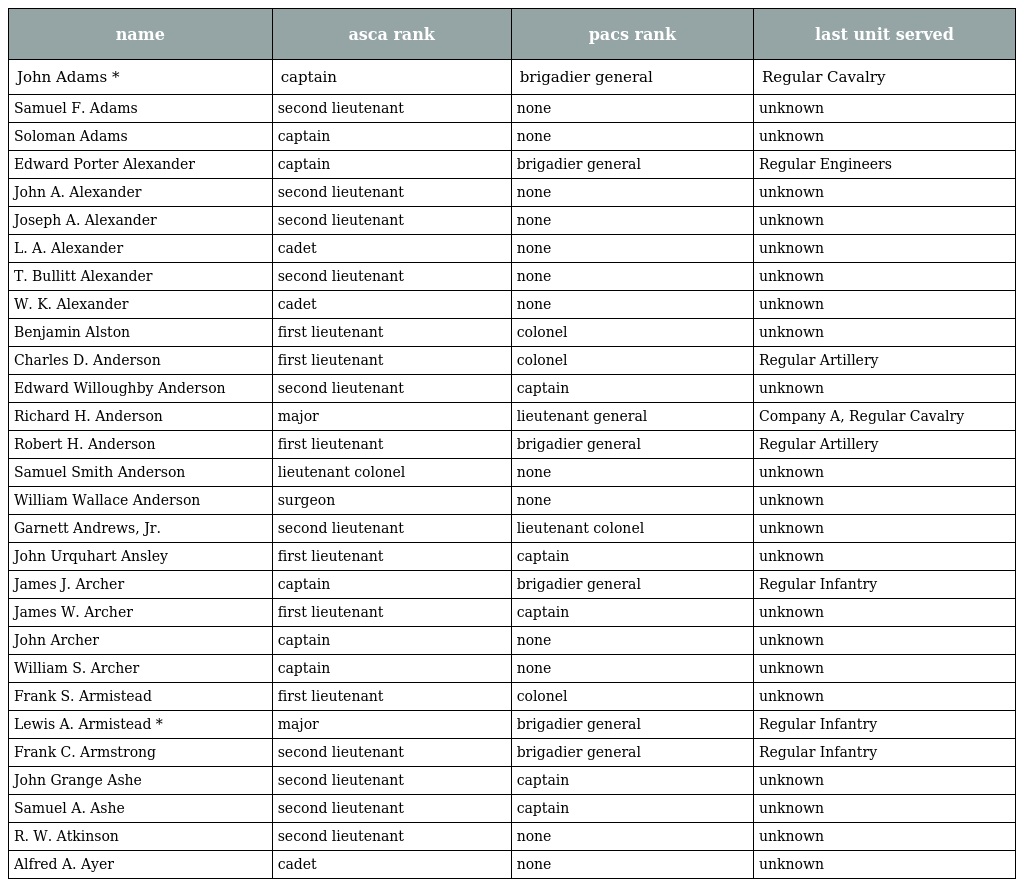
| name | asca rank | pacs rank | last unit served |
 | --- | --- | --- | --- |
 | John Adams * | captain | brigadier general | Regular Cavalry |
 | Samuel F. Adams | second lieutenant | none | unknown |
 | Soloman Adams | captain | none | unknown |
 | Edward Porter Alexander | captain | brigadier general | Regular Engineers |
 | John A. Alexander | second lieutenant | none | unknown |
 | Joseph A. Alexander | second lieutenant | none | unknown |
 | L. A. Alexander | cadet | none | unknown |
 | T. Bullitt Alexander | second lieutenant | none | unknown |
 | W. K. Alexander | cadet | none | unknown |
 | Benjamin Alston | first lieutenant | colonel | unknown |
 | Charles D. Anderson | first lieutenant | colonel | Regular Artillery |
 | Edward Willoughby Anderson | second lieutenant | captain | unknown |
 | Richard H. Anderson | major | lieutenant general | Company A, Regular Cavalry |
 | Robert H. Anderson | first lieutenant | brigadier general | Regular Artillery |
 | Samuel Smith Anderson | lieutenant colonel | none | unknown |
 | William Wallace Anderson | surgeon | none | unknown |
 | Garnett Andrews, Jr. | second lieutenant | lieutenant colonel | unknown |
 | John Urquhart Ansley | first lieutenant | captain | unknown |
 | James J. Archer | captain | brigadier general | Regular Infantry |
 | James W. Archer | first lieutenant | captain | unknown |
 | John Archer | captain | none | unknown |
 | William S. Archer | captain | none | unknown |
 | Frank S. Armistead | first lieutenant | colonel | unknown |
 | Lewis A. Armistead * | major | brigadier general | Regular Infantry |
 | Frank C. Armstrong | second lieutenant | brigadier general | Regular Infantry |
 | John Grange Ashe | second lieutenant | captain | unknown |
 | Samuel A. Ashe | second lieutenant | captain | unknown |
 | R. W. Atkinson | second lieutenant | none | unknown |
 | Alfred A. Ayer | cadet | none | unknown |